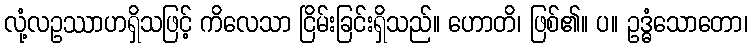
လုံ့လဥဿာဟရှိသဖြင့် ကိလေသာ ငြိမ်းခြင်းရှိသည်။ ဟောတိ၊ ဖြစ်၏။ ပ။ ဥဒ္ဓံသောတော၊